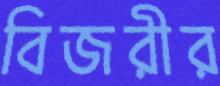
বিজরীর